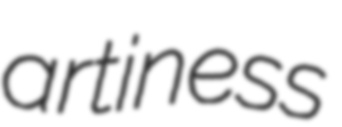
artiness